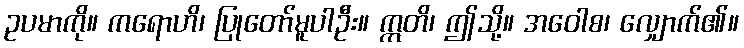
ဥပမာကို။ ကရောဟိ၊ ပြုတော်မူပါဦး။ ဣတိ၊ ဤသို့။ အဝေါစ၊ လျှောက်၏။